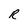
Character: R